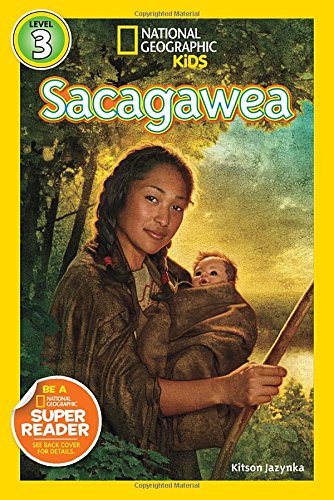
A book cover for National Geographic Readers: Sacagawea (Readers Bios); Kitson Jazynka; Children's Books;